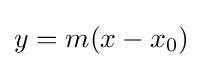
y=m(x-x_{0})